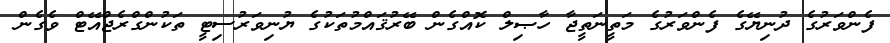
ފެންވަރުގެ ދުނިޔޭގެ ފެންވަރުގެ މަތީނަތީޖާ ހާޞިލް ކޮއްގެން ބޭރުޤައްމުތަކުގެ ޔުނިވަރުސިޓީ ތަކުންގްރެޖްއޭޓް ވެގެން